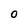
Character: O